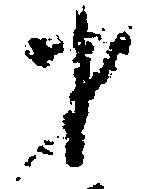
才